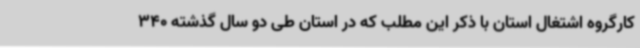
کارگروه اشتغال استان با ذکر این مطلب که در استان طی دو سال گذشته 340